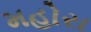
મહોરા